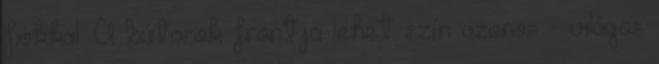
fiókkal. A bútorok frontja lehet szín azonos - világos